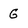
Character: G